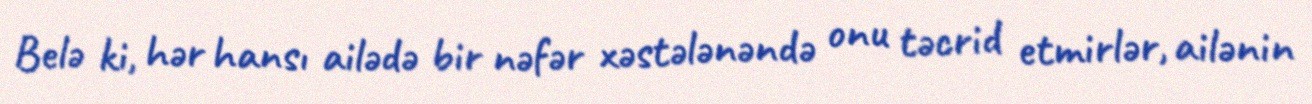
Belə ki, hər hansı ailədə bir nəfər xəstələnəndə onu təcrid etmirlər, ailənin